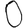
Digit: 0